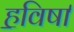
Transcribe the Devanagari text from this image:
ह॒विषा॑